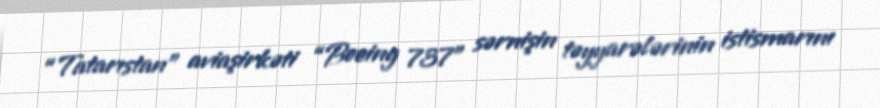
“Tatarıstan” aviaşirkəti “Boeing 737” sərnişin təyyarələrinin istismarını